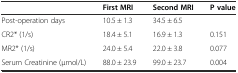
<table><thead><tr><td></td><td><b>First MRI</b></td><td><b>Second MRI</b></td><td><b>P value</b></td></tr></thead><tbody><tr><td>Post-operation days</td><td>10.5 ± 1.3</td><td>34.5 ± 6.5</td><td></td></tr><tr><td>CR2* (1/s)</td><td>18.4 ± 5.1</td><td>16.9 ± 1.3</td><td>0.151</td></tr><tr><td>MR2* (1/s)</td><td>24.0 ± 5.4</td><td>22.0 ± 3.8</td><td>0.077</td></tr><tr><td>Serum Creatinine (μmol/L)</td><td>88.0 ± 23.9</td><td>99.0 ± 23.7</td><td>0.004</td></tr></tbody></table>